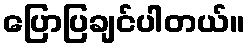
ပြောပြချင်ပါတယ်။